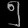
Digit: ၅